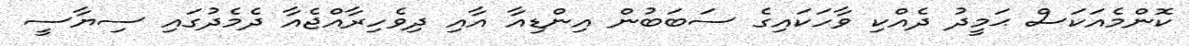
ކޮންމެއަކަސް ޙަމީދު ދެއްކި ވާހަކައިގެ ސަބަބުން އިންޑިއާ އާއި ދިވެހިރާއްޖެއާ ދެމެދުގައި ސިޔާސީ